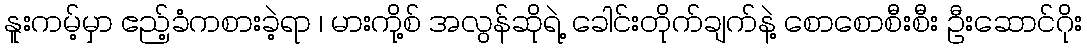
နူးကမ့်မှာ ဧည့်ခံကစားခဲ့ရာ ၊ မားကို့စ် အလွန်ဆိုရဲ့ ခေါင်းတိုက်ချက်နဲ့ စောစောစီးစီး ဦးဆောင်ဂိုး